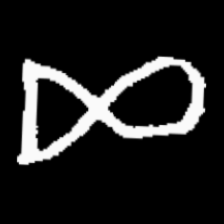
Pyu character \u2014 Myanmar letter: ဆ (romanized: cha)